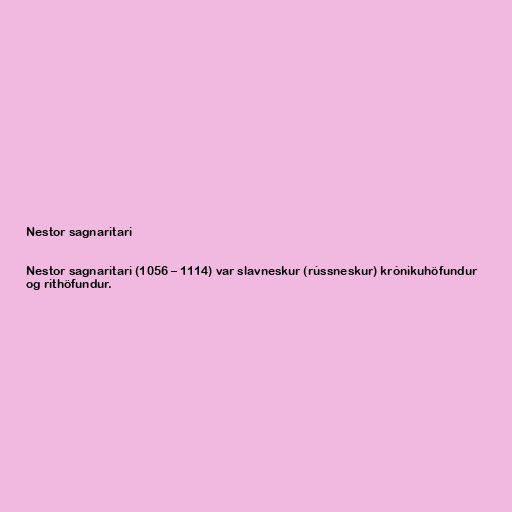
Nestor sagnaritari

Nestor sagnaritari (1056 – 1114) var slavneskur (rússneskur) krónikuhöfundur
og rithöfundur.